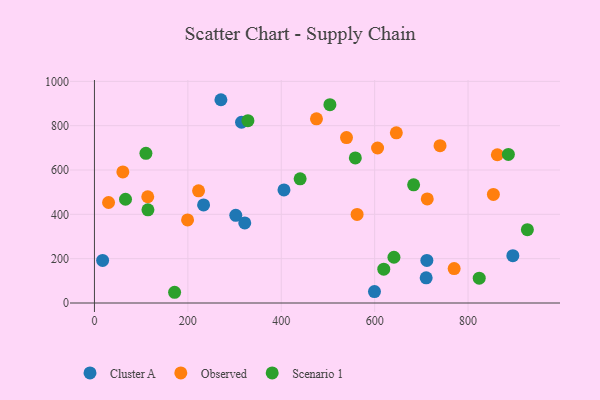
{"axis": {"x": "Speed", "y": "Salary"}, "legend": ["Cluster A", "Observed", "Scenario 1"], "data": [{"x": "314.9", "y": 815.5, "type": "Cluster A"}, {"x": "302.6", "y": 395.5, "type": "Cluster A"}, {"x": "321.8", "y": 361.1, "type": "Cluster A"}, {"x": "405.8", "y": 510.1, "type": "Cluster A"}, {"x": "711.8", "y": 192.3, "type": "Cluster A"}, {"x": "233.7", "y": 442.7, "type": "Cluster A"}, {"x": "599.6", "y": 51.5, "type": "Cluster A"}, {"x": "710.3", "y": 113.7, "type": "Cluster A"}, {"x": "17.5", "y": 192.0, "type": "Cluster A"}, {"x": "270.8", "y": 917.1, "type": "Cluster A"}, {"x": "895.9", "y": 213.3, "type": "Cluster A"}, {"x": "539.7", "y": 746.5, "type": "Observed"}, {"x": "30.2", "y": 453.4, "type": "Observed"}, {"x": "854.2", "y": 489.8, "type": "Observed"}, {"x": "740.0", "y": 710.0, "type": "Observed"}, {"x": "222.9", "y": 505.9, "type": "Observed"}, {"x": "606.2", "y": 699.3, "type": "Observed"}, {"x": "770.2", "y": 155.3, "type": "Observed"}, {"x": "114.1", "y": 479.3, "type": "Observed"}, {"x": "60.8", "y": 591.2, "type": "Observed"}, {"x": "475.4", "y": 830.8, "type": "Observed"}, {"x": "862.7", "y": 668.9, "type": "Observed"}, {"x": "712.6", "y": 469.5, "type": "Observed"}, {"x": "562.4", "y": 399.6, "type": "Observed"}, {"x": "199.4", "y": 374.7, "type": "Observed"}, {"x": "646.4", "y": 767.8, "type": "Observed"}, {"x": "641.3", "y": 206.5, "type": "Scenario 1"}, {"x": "886.3", "y": 670.5, "type": "Scenario 1"}, {"x": "823.9", "y": 112.0, "type": "Scenario 1"}, {"x": "440.4", "y": 560.2, "type": "Scenario 1"}, {"x": "619.5", "y": 152.7, "type": "Scenario 1"}, {"x": "171.6", "y": 48.4, "type": "Scenario 1"}, {"x": "683.4", "y": 533.0, "type": "Scenario 1"}, {"x": "66.5", "y": 468.2, "type": "Scenario 1"}, {"x": "558.6", "y": 654.7, "type": "Scenario 1"}, {"x": "504.2", "y": 894.7, "type": "Scenario 1"}, {"x": "114.5", "y": 420.3, "type": "Scenario 1"}, {"x": "328.6", "y": 822.5, "type": "Scenario 1"}, {"x": "110.2", "y": 675.3, "type": "Scenario 1"}, {"x": "927.0", "y": 330.6, "type": "Scenario 1"}]}